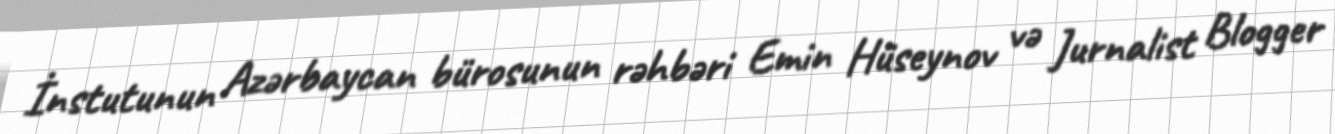
İnstutunun Azərbaycan bürosunun rəhbəri Emin Hüseynov və Jurnalist Blogger